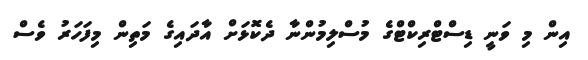
އިން މި ވަނީ ޑިސްޓްރިކްޓްގެ މުސްލިމުންނާ ދެކޮޅަށް އާދައިގެ މަތިން މިފަހަރު ވެސް